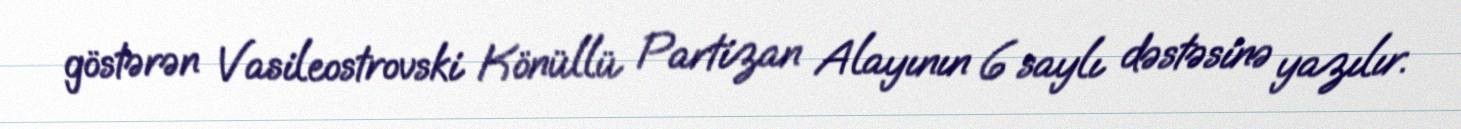
göstərən Vasileostrovski Könüllü Partizan Alayının 6 saylı dəstəsinə yazılır.